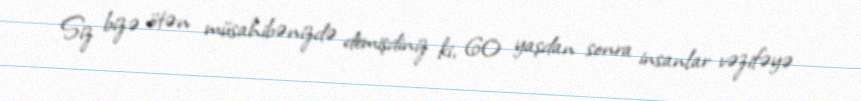
Siz bizə ötən müsahibənizdə demişdiniz ki, 60 yaşdan sonra insanlar vəzifəyə